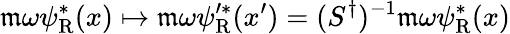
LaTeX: \mathfrak{m}\omega\psi_{\mathrm{{{R}}}}^{*}(x)\mapsto\mathfrak{m}\omega\psi_{\mathrm{{{R}}}}^{\prime*}(x^{\prime})=(S^{\dagger})^{-1}\mathfrak{m}\omega\psi_{\mathrm{{{R}}}}^{*}(x)